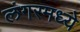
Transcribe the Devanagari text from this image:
लंगरमध्ये